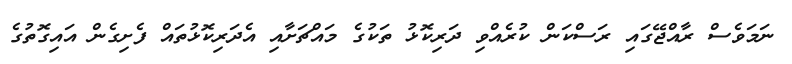
ނަމަވެސް ރާއްޖޭގައި ރަސްކަން ކުރެއްވި ދަރިކޮޅު ތަކުގެ މައްޗަށާއި އެދަރިކޮޅުތައް ފެށިގެން އައިގޮތުގެ